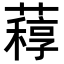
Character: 𦽑